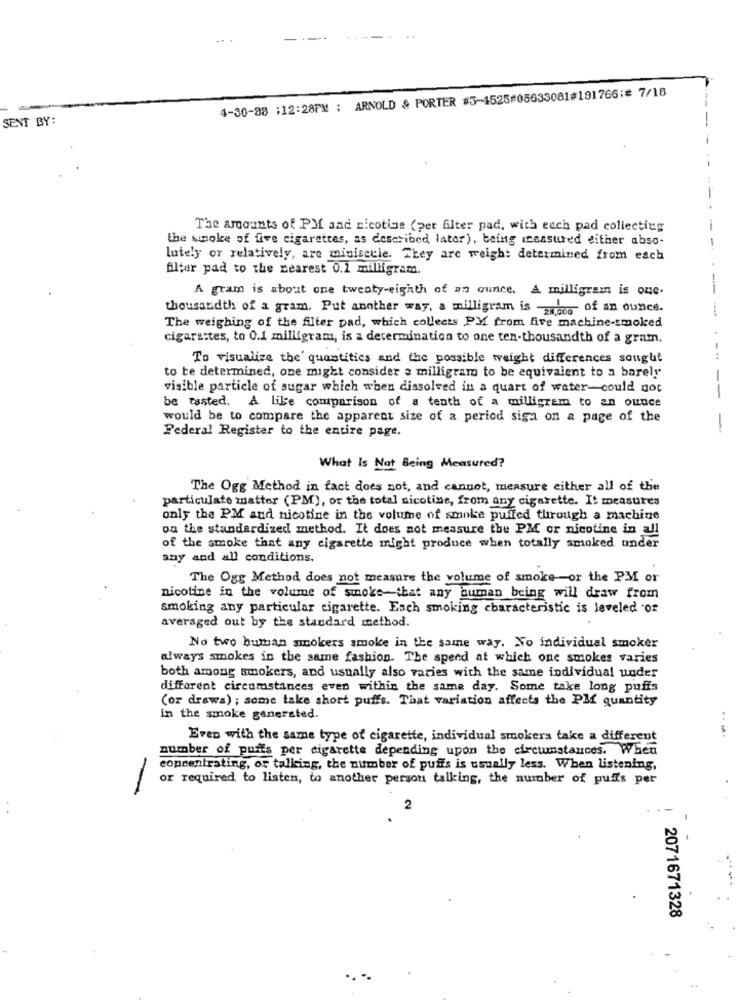
4-30-88 :12:28PM ; ARNOLD & PORTER #5-4525#05633081#191766:# 7/18
SENT BY:
The amounts of PM and ricotige (per filter pad, with each pad collecting
the sunoke of five cigarettes, as described later), being measured either abso-
lutely or relatively, are miniscule. They are weight determined from each
filter pad to the nearest 0.2 milligram.
A gram is about one twenty-eighth of an ounce. A milligram is Que-
thousandth of a gram. Put another way, a milligram is -2 ... of an ounce.
The weighing of the fiter pad, which collects PM from five machine-smoked
cigarettes, to 0.1 milligram, is a determination to one ten-thousandth of a gramn.
To visualize the' quantities and the possible weight differences sought
to te determined, one might consider a milligram to be equivalent to a barely
visible particle of sugar which when dissolved in a quart of water-could not
--
be tasted. A like comparison of a tenth of a milligram to an ounce
would be to compare the apparent size of a period siga on a page of the
Federal Register to the entire page.
-
What Is Not Being Measured?
The Ogg Method in fact does not, and cannot, measure either all of the
particulate matter (PM), or the total nicotine, from any cigarette. It measures
only the PM and nicotine in the volume of sminke puffed through a machine
on the standardized method. It does not measure the PM or nicotine in all
of the smoke that any cigarette might produce when totally smoked under
any and all conditions.
The Ogg Method does not measure the volume of smoke-or the PM or
nicotine in the volume of smoke-that any human being will draw from
smoking any particular cigarette. Each smoking characteristic is leveled 'Of
averaged out by the standard method.
No two bumban smokers smoke in the same way. No individual smoker
always smokes in the same fashion. The speed at which one smokes varies
both among smokers, and usually also varies with the same individual under
different circumstances even within the same day. Some take long puffs
(or drawa) ; some take short puffs. That variation affects the Plf quantity
in the smoke generated.
Even with the same type of cigarette, individual smokers take a different
number of puffs per cigarette depending upon the circumstances. When
concentrating, or talking, the number of puffs is usually less. When listening,
or required to listen, to another person talking, the number of puffs per
-
2
2071671328